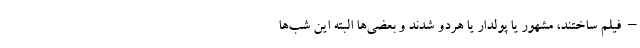
– فیلم ساختند، مشهور یا پولدار یا هردو شدند و بعضی‌ها البته این شب‌ها